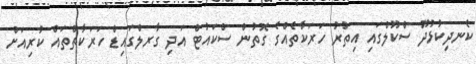
ކެނދިކުޅުދޫ ސްކޫލްގައި އިތުރު ހަރަކާތެއްގެ ގޮތުން ސްކައުޓް އަދި ގާރލްގައިޑް ހަރަކާތްތައް ކުރިއަށް